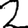
Digit: 2